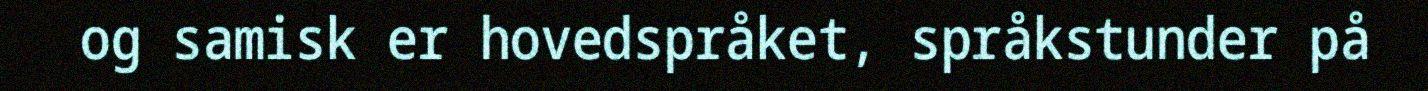
og samisk er hovedspråket, språkstunder på